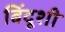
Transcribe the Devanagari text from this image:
बिंदूशी